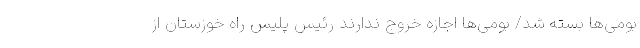
بومی‌ها بسته شد/ بومی‌ها اجازه خروج ندارند رئیس پلیس راه خوزستان از